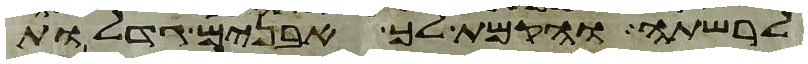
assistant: לרשתה והקמת לך אבנים גדלות